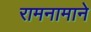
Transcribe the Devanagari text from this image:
रामनामाने